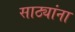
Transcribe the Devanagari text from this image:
साठ्यांना